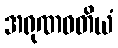
အရုဏဝတိယံ